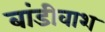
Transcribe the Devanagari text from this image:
बांडीवाश